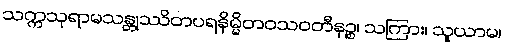
သက္ကသုရာမသန္တုဿိတပရနိမ္မိတဝသဝတီနဉ္စ၊ သကြား၊ သူယာမ၊